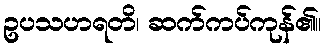
ဥပသဟရတိ၊ ဆက်ကပ်ကုန်၏။